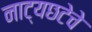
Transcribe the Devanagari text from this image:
नाट्यछटेचे